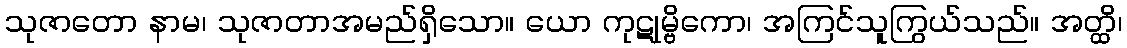
သုဇာတော နာမ၊ သုဇာတာအမည်ရှိသော။ ယော ကုဋုမ္ဗိကော၊ အကြင်သူကြွယ်သည်။ အတ္ထိ၊